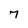
Character: 7